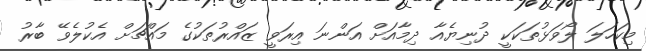
މިކަހަލަ ލޯވަޅުތަކަކީ ދުނިޔެއާ ދިމާއަށް އަންނަ އިރަވީ ޒައްރުތަކުގެ މައްޗަށް އެކުލެވޭ ބާރު